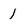
Character: l